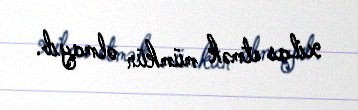
xilas etmək mümkün olmayıb.